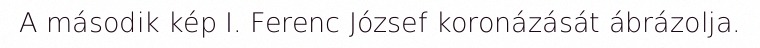
A második kép I. Ferenc József koronázását ábrázolja.